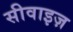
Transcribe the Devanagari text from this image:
सीवाइज़